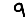
Digit: 9